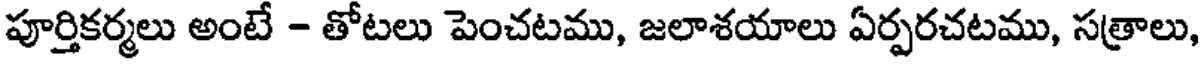
పూర్తికర్మలు అంటే - తోటలు పెంచటము, జలాశయాలు ఏర్పరచటము, సత్రాలు,